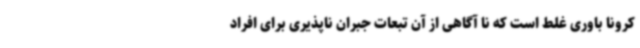
کرونا باوری غلط است که نا آگاهی از آن تبعات جبران ناپذیری برای افراد